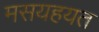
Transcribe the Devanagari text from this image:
मसयहयत